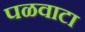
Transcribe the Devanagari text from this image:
पळवाटा